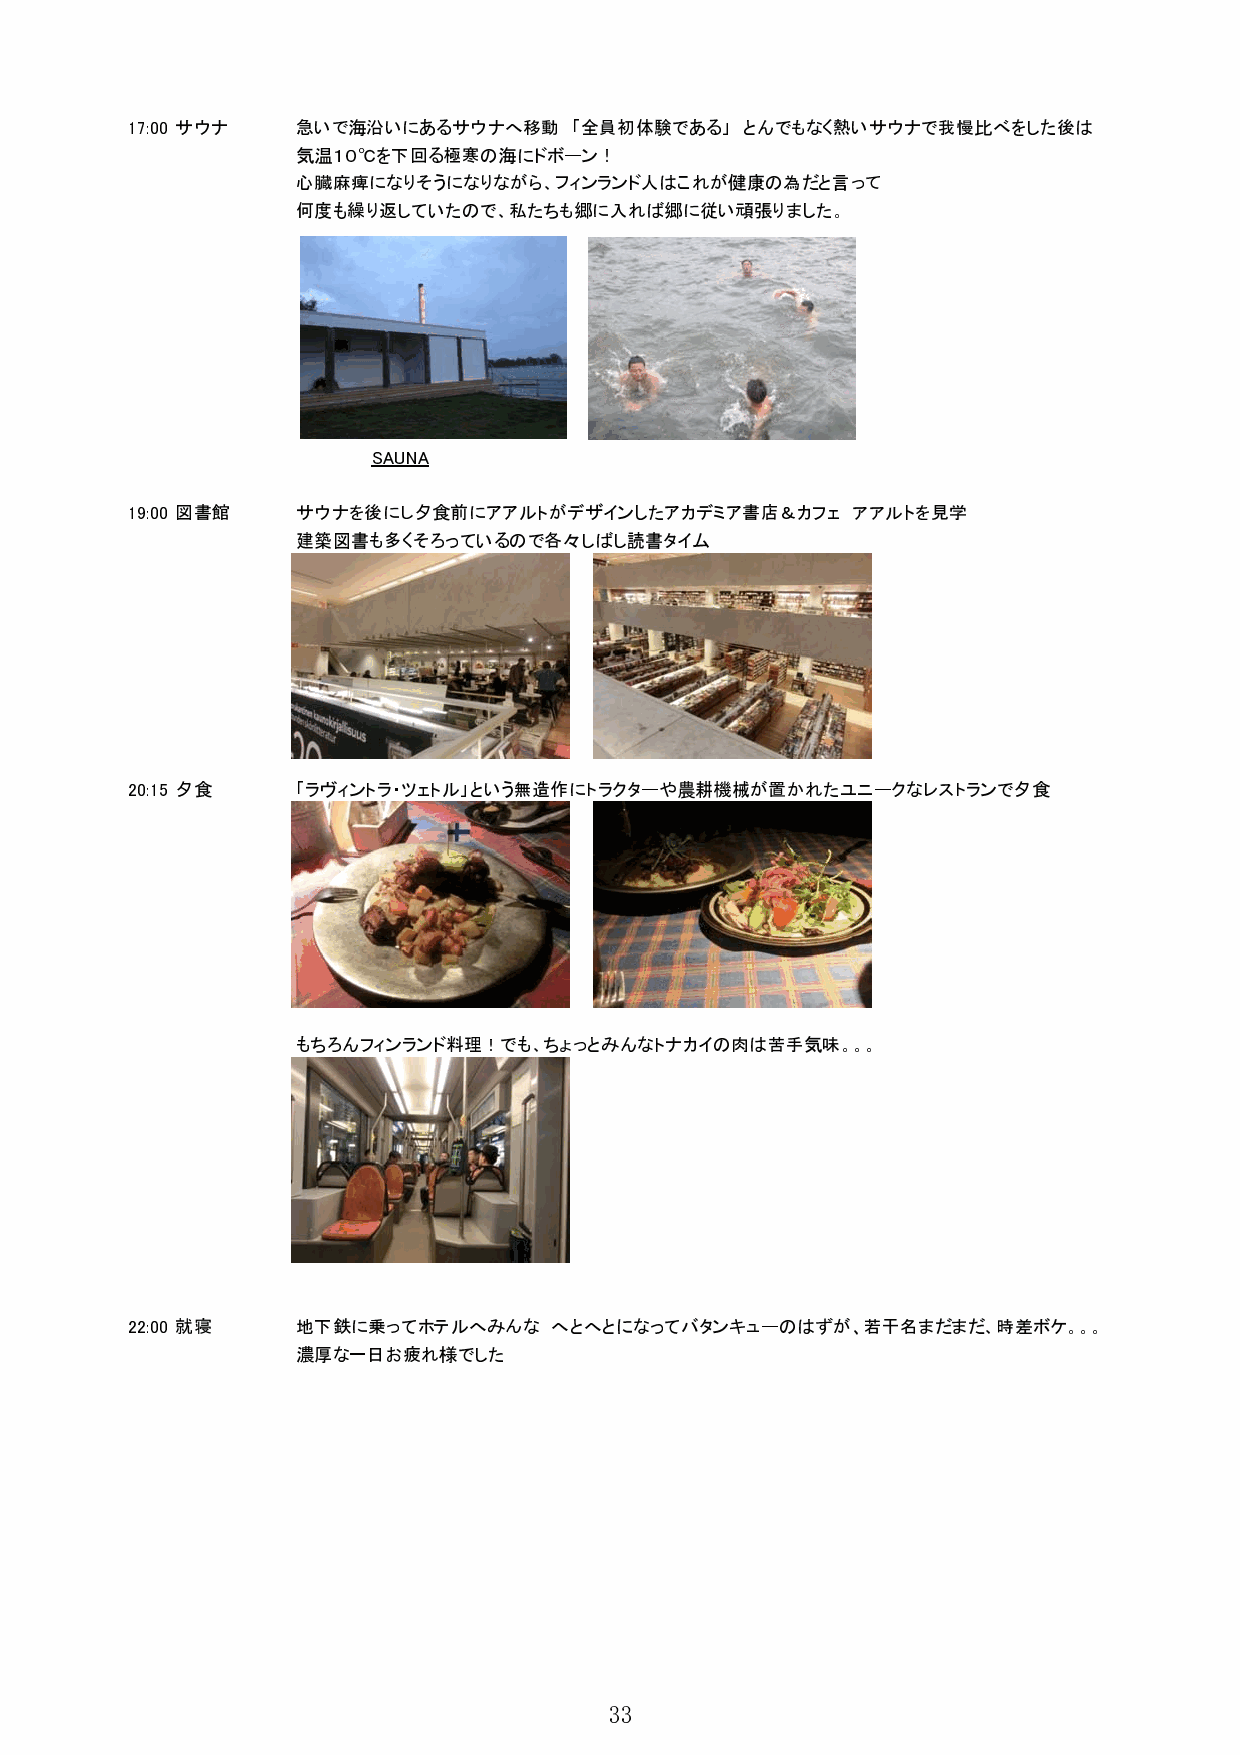
17:00 サウナ   急いで海沿いにあるサウナへ移動   「全員初体験である」 とんでもなく熱いサウナで我慢比べをした後は
 気温１０℃を下回る極寒の海にドボーン！
 心臓麻痺になりそうになりながら、フィンランド人はこれが健康の為だと言って
 何度も繰り返していたので、私たちも郷に入れば郷に従い頑張りました。
 SAUNA
 19:00 図書館   サウナを後にし夕食前にアアルトがデザインしたアカデミア書店＆カフェ   アアルトを見学
 建築図書も多くそろっているので各々しばし読書タイム
 20:15 夕食    「ラヴィントラ・ツェトル」という無造作にトラクターや農耕機械が置かれたユニークなレストランで夕食
 もちろんフィンランド料理！でも、ちょっとみんなトナカイの肉は苦手気味。。。
 22:00 就寝    地下鉄に乗ってホテルへみんな  へとへとになってバタンキューのはずが、若干名まだまだ、時差ボケ。。。
 濃厚な一日お疲れ様でした
 33